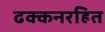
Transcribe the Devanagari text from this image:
ढक्कनरहित